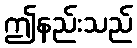
ဤနည်းသည်